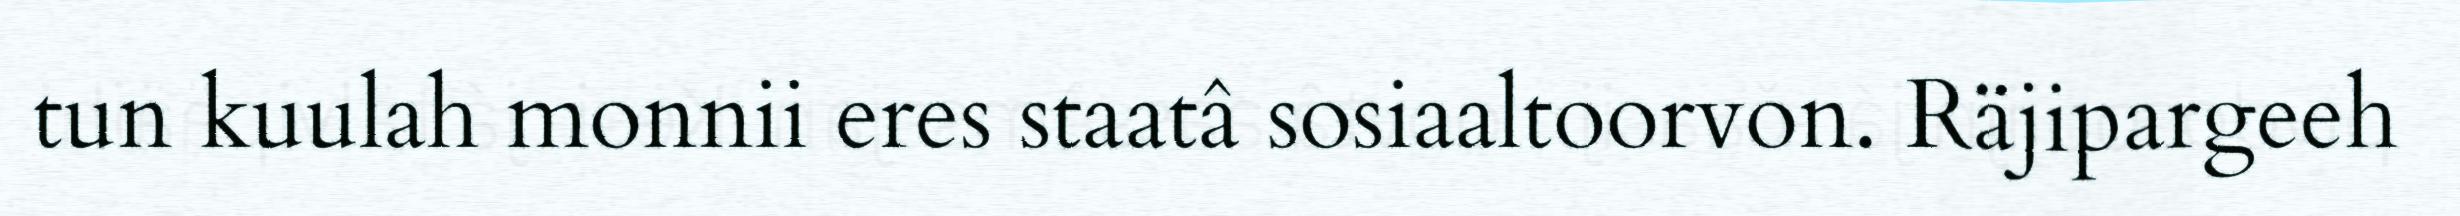
tun kuulah monnii eres staatâ sosiaaltoorvon. Räjipargeeh